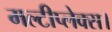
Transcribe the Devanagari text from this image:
मल्टीप्लेक्स।